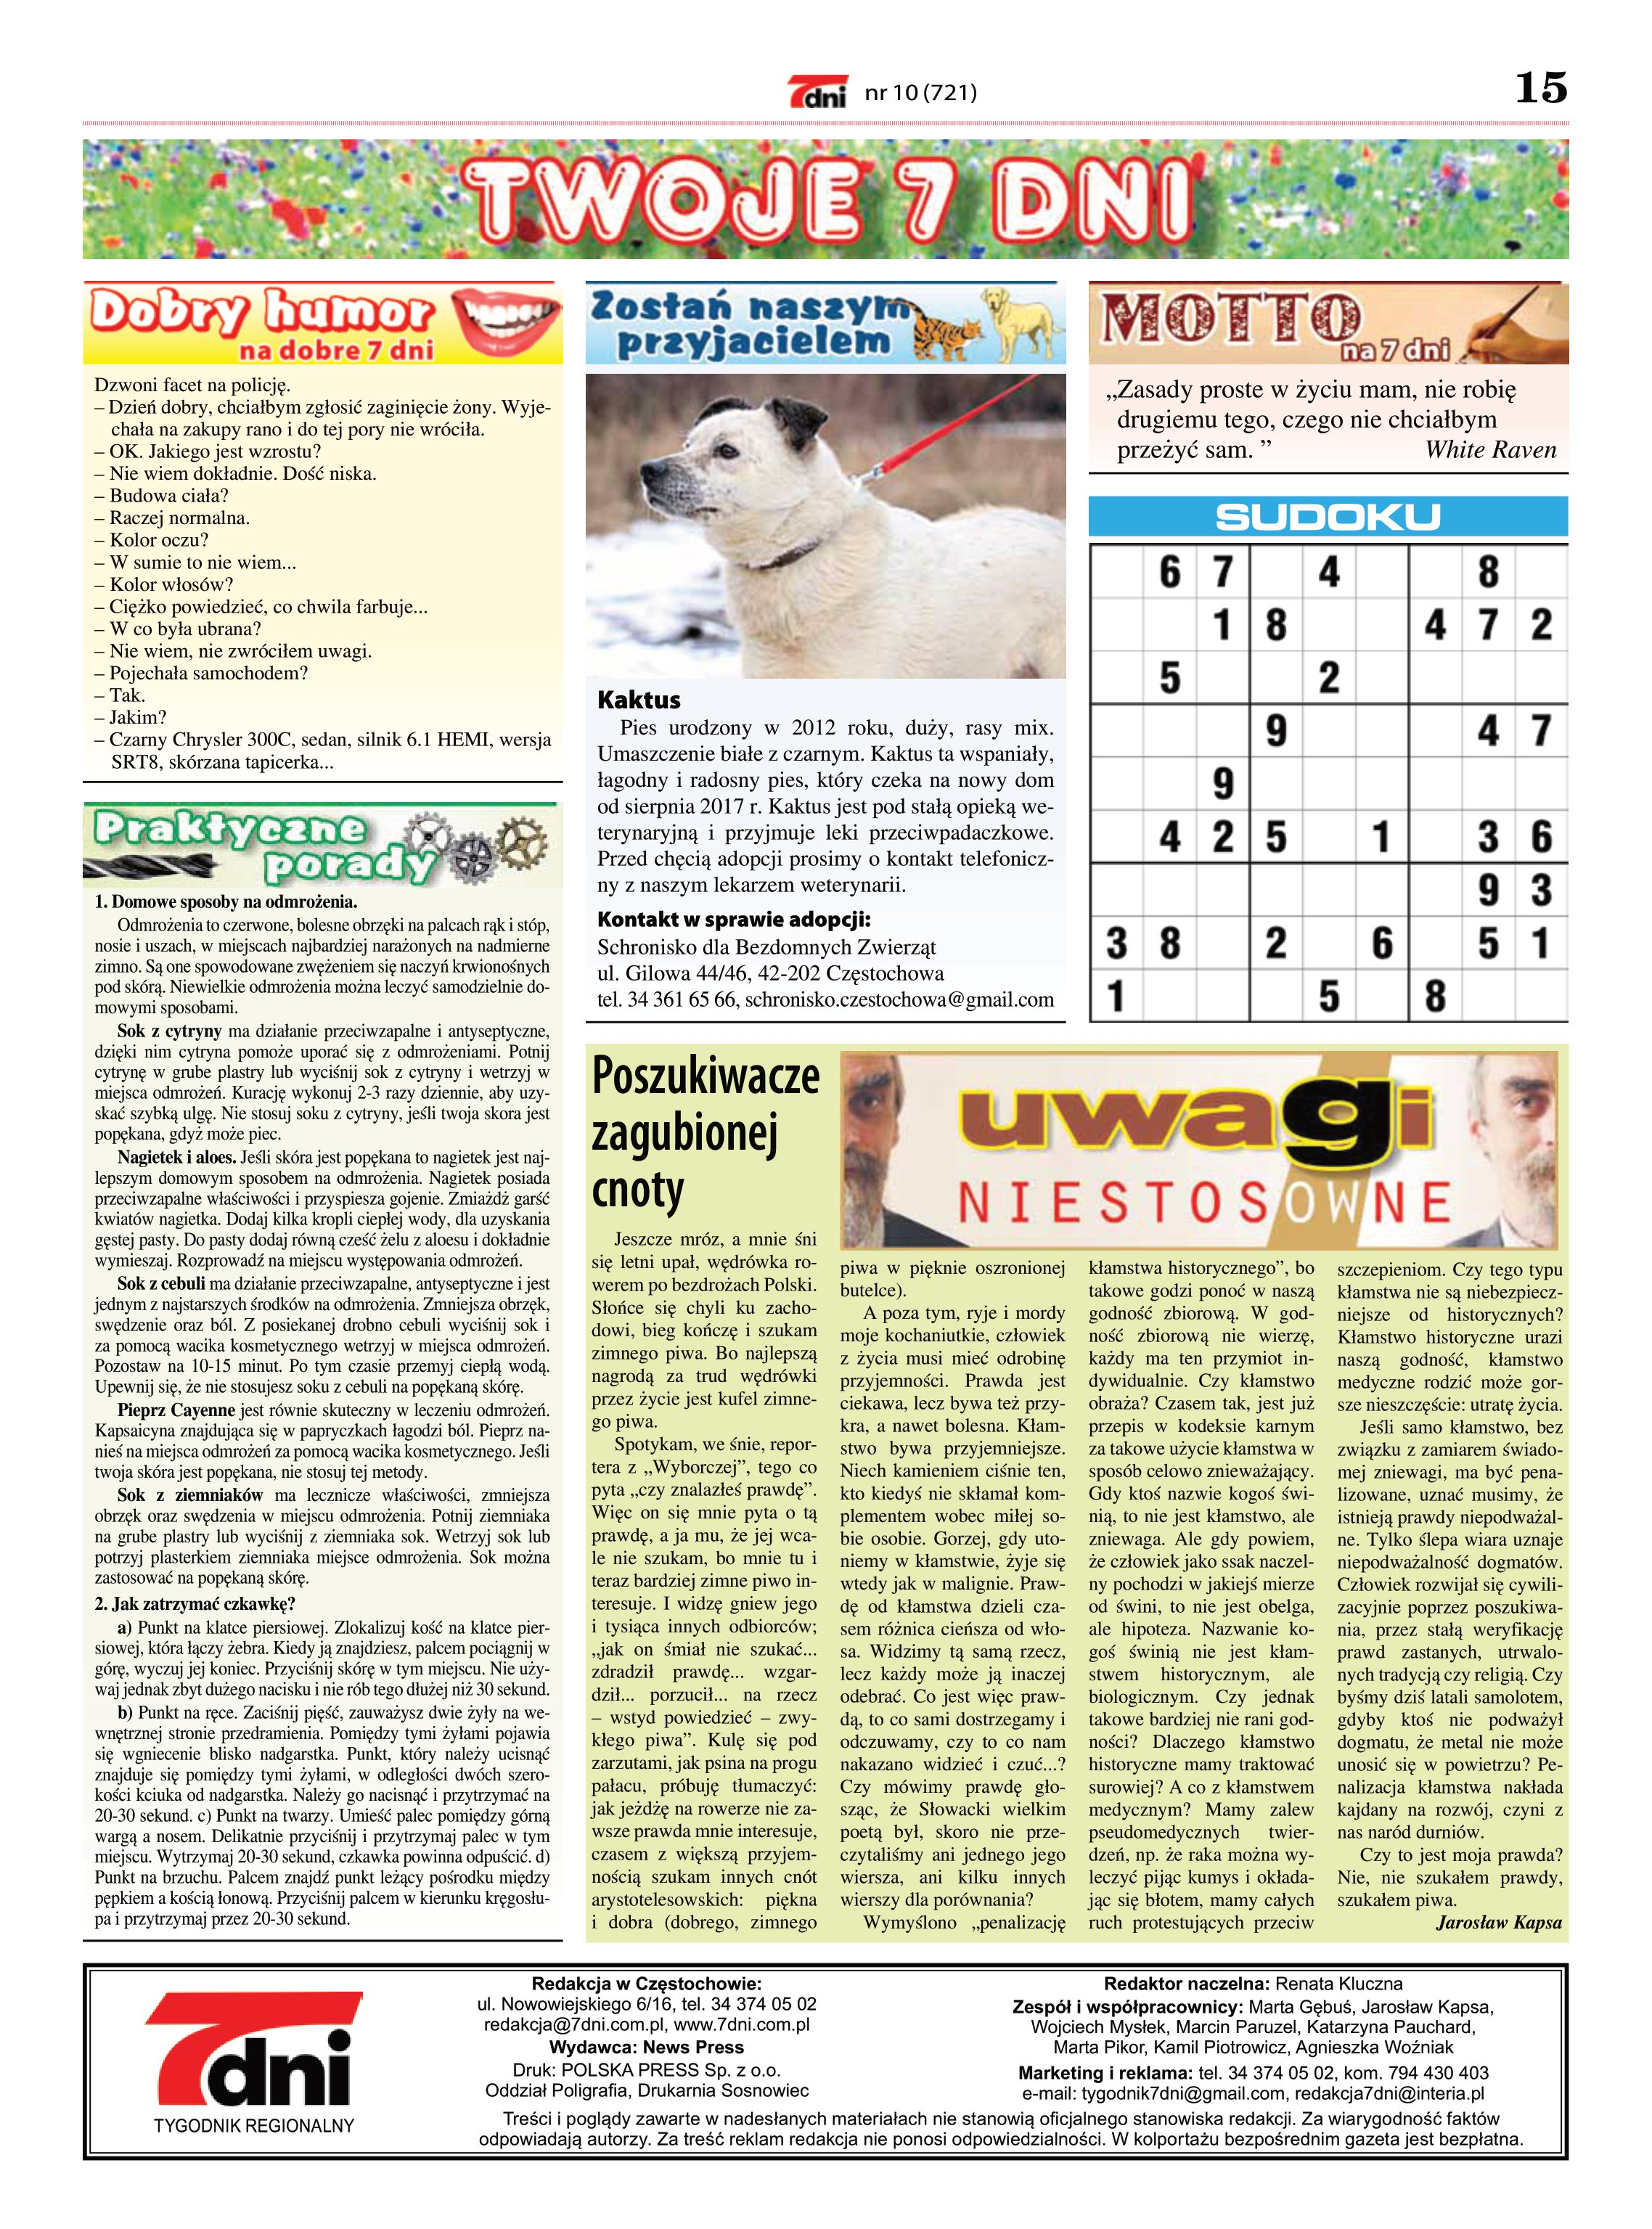
Language: pl